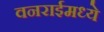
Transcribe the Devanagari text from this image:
वनराईमध्ये